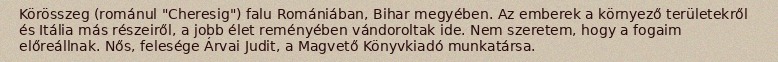
Körösszeg (románul "Cheresig") falu Romániában, Bihar megyében. Az emberek a környező területekről és Itália más részeiről, a jobb élet reményében vándoroltak ide. Nem szeretem, hogy a fogaim előreállnak. Nős, felesége Árvai Judit, a Magvető Könyvkiadó munkatársa.